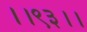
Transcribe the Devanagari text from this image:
।।९३।।